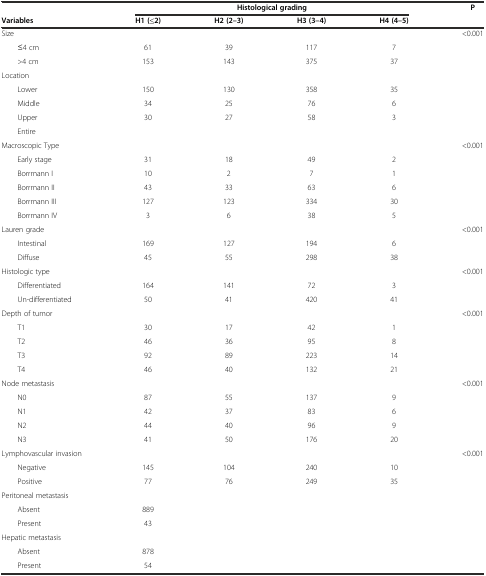
|  | <COLSPAN=4> Histological grading | P |
 | Variables | H1 (≤2) | H2 (2–3) | H3 (3–4) | H4 (4–5) |  |
 | --- | --- | --- | --- | --- | --- |
 | Size |  |  |  |  | <0.001 |
 | ≤4 cm | 61 | 39 | 117 | 7 |  |
 | >4 cm | 153 | 143 | 375 | 37 |  |
 | Location |  |  |  |  |  |
 | Lower | 150 | 130 | 358 | 35 |  |
 | Middle | 34 | 25 | 76 | 6 |  |
 | Upper | 30 | 27 | 58 | 3 |  |
 | Entire |  |  |  |  |  |
 | Macroscopic Type |  |  |  |  | <0.001 |
 | Early stage | 31 | 18 | 49 | 2 |  |
 | Borrmann I | 10 | 2 | 7 | 1 |  |
 | Borrmann II | 43 | 33 | 63 | 6 |  |
 | Borrmann III | 127 | 123 | 334 | 30 |  |
 | Borrmann IV | 3 | 6 | 38 | 5 |  |
 | Lauren grade |  |  |  |  | <0.001 |
 | Intestinal | 169 | 127 | 194 | 6 |  |
 | Diffuse | 45 | 55 | 298 | 38 |  |
 | Histologic type |  |  |  |  | <0.001 |
 | Differentiated | 164 | 141 | 72 | 3 |  |
 | Un-differentiated | 50 | 41 | 420 | 41 |  |
 | Depth of tumor |  |  |  |  | <0.001 |
 | T1 | 30 | 17 | 42 | 1 |  |
 | T2 | 46 | 36 | 95 | 8 |  |
 | T3 | 92 | 89 | 223 | 14 |  |
 | T4 | 46 | 40 | 132 | 21 |  |
 | Node metastasis |  |  |  |  | <0.001 |
 | N0 | 87 | 55 | 137 | 9 |  |
 | N1 | 42 | 37 | 83 | 6 |  |
 | N2 | 44 | 40 | 96 | 9 |  |
 | N3 | 41 | 50 | 176 | 20 |  |
 | Lymphovascular invasion |  |  |  |  | <0.001 |
 | Negative | 145 | 104 | 240 | 10 |  |
 | Positive | 77 | 76 | 249 | 35 |  |
 | Peritoneal metastasis |  |  |  |  |  |
 | Absent | 889 |  |  |  |  |
 | Present | 43 |  |  |  |  |
 | Hepatic metastasis |  |  |  |  |  |
 | Absent | 878 |  |  |  |  |
 | Present | 54 |  |  |  |  |